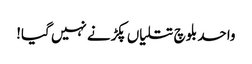
واحد بلوچ تتلیاں پکڑنے نہیں گیا!